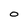
Character: O